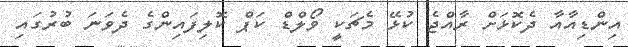
އިންޑިއާއާ ދެކޮޅަށް ރާއްޖެ ކުޅޭ މެޗަކީ ވޯލްޑް ކަޕް ކޮލިފައިންގެ ދެވަނަ ބުރުގައި